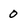
Character: 0